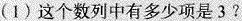
(1)这个数列中有多少项是3?